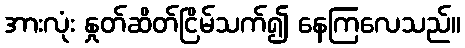
အားလုံး နှုတ်ဆိတ်ငြိမ်သက်၍ နေကြလေသည်။